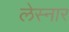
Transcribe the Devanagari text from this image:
लेस्नार